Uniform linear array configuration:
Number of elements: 8
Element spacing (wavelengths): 0.25
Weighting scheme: binomial
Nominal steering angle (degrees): -15
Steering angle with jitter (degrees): -16.004
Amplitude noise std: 0.05
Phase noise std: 0.05

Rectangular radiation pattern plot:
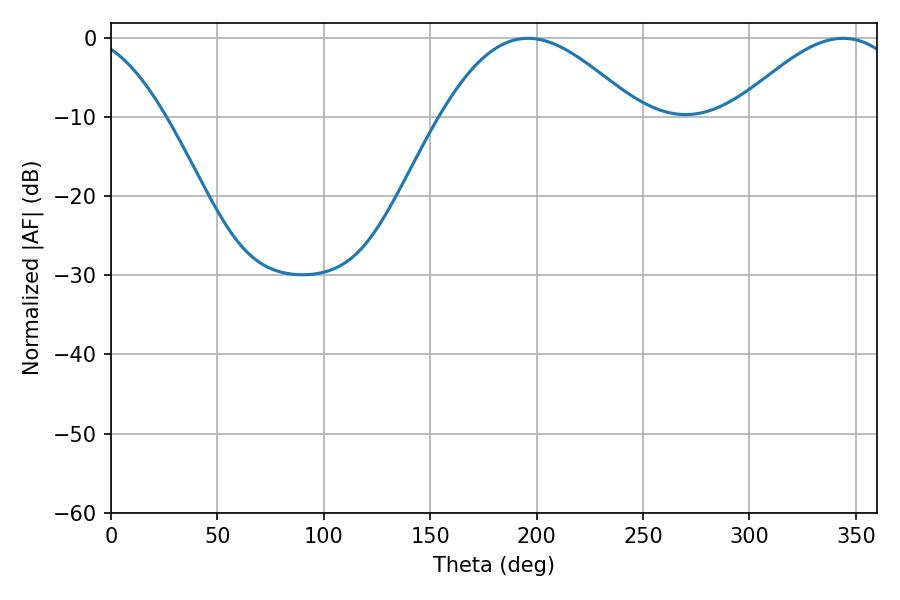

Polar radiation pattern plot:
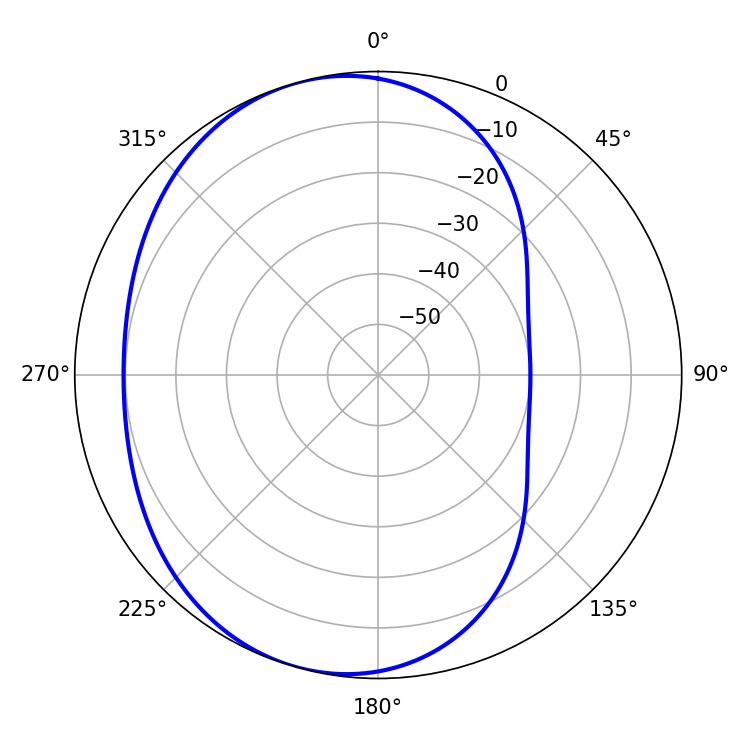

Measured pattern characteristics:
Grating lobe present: FALSE
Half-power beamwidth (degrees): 42.84
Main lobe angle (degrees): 343.98